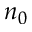
n _ { 0 }